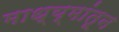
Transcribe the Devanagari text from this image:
माध्य्मांतून